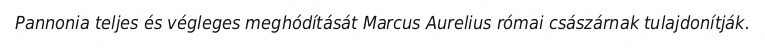
Pannonia teljes és végleges meghódítását Marcus Aurelius római császárnak tulajdonítják.